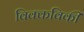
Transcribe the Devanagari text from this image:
विक्कविकी